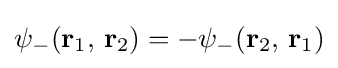
\psi _{-}(\mathbf {r} _{1},\,\mathbf {r} _{2})=-\psi _{-}(\mathbf {r} _{2},\,\mathbf {r} _{1})